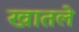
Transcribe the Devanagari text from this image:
खातले